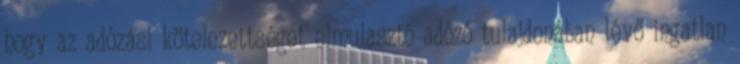
hogy az adózási kötelezettséget elmulasztó adózó tulajdonában lévő ingatlan